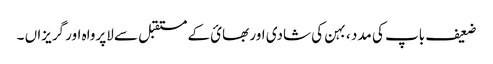
ضعیف باپ کی مدد ، بہن کی شادی اور بھائ کے مستقبل سے لاپرواہ اور گریزاں ۔